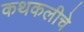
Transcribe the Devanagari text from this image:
कथकलीचे